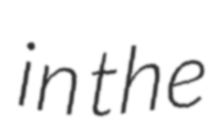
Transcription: in the